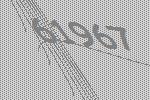
61967